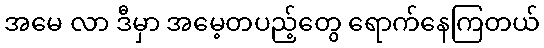
အမေ လာ ဒီမှာ အမေ့တပည့်တွေ ရောက်နေကြတယ်